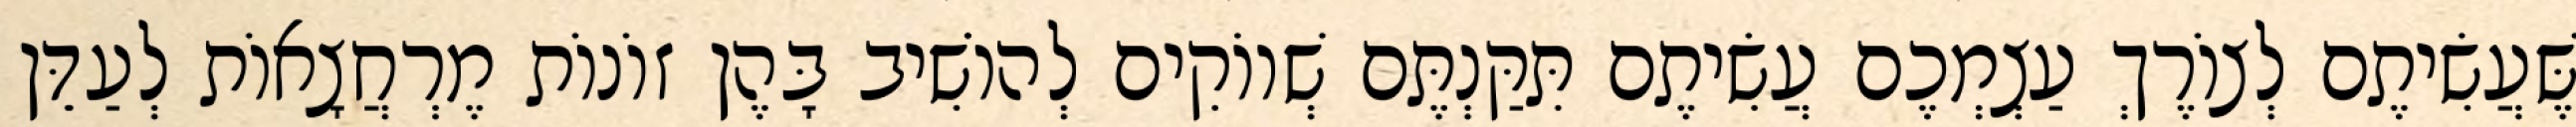
שֶּׁעֲשִׂיתֶם לְצוֹרֶךְ עַצְמְכֶם עֲשִׂיתֶם תִּקַּנְתֶּם שְׁווֹקִים לְהוֹשִׁיב בָּהֶן זוֹנוֹת מֶרְחֲצָאוֹת לְעַדֵּן